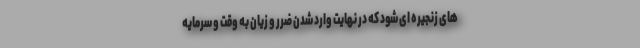
های زنجیره ای شود که در نهایت وارد شدن ضرر و زیان به وقت و سرمایه